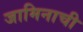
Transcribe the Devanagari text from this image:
जामिनाची